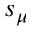
s _ { \mu }